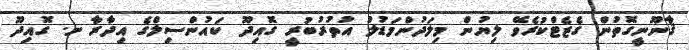
ޤާނޫނީގޮތުން ގެޒެޓްކުރެވޭ ލިޔުން މިލަދުންމަޑުލު އުތުރުބުރީ ގޮއިދޫ ކައުންސިލްގެ އިދާރާ ށ. ގޮއިދޫ